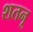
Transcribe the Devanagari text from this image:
शतनू